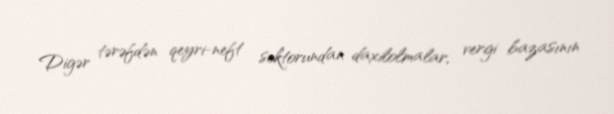
Digər tərəfdən qeyri-neft sektorundan daxilolmalar, vergi bazasının